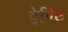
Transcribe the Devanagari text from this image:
ट्वेण्टि